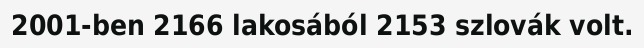
2001-ben 2166 lakosából 2153 szlovák volt.